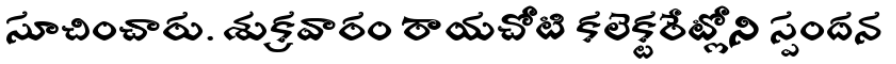
సూచించారు. శుక్రవారం రాయచోటి కలెక్టరేట్లోని స్పందన